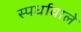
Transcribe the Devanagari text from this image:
स्पर्धावाले